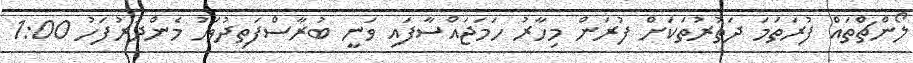
ލޯންޗްތައް ފުރަތަމަ ދަތުރުތަކަށް ފުރަން މިހާރު ހަމަޖައްސާފައި ވަނީ ބުރާސްފަތިދުވަހު މެންދުރުފަހު 1:00